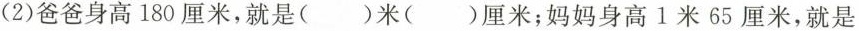
(2)爸爸身高180厘米，就是()米()厘米；妈妈身高1米65厘米，就是